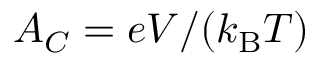
{ \cal A _ { C } } = e V / ( k _ { \mathrm { B } } T )